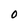
Character: O